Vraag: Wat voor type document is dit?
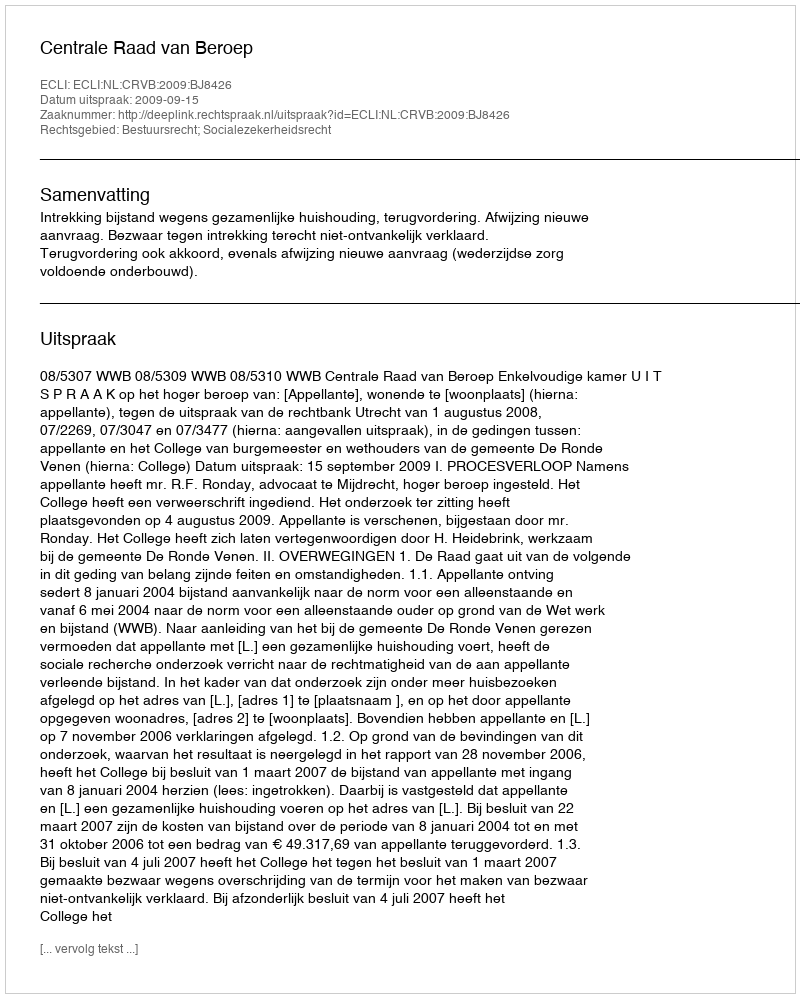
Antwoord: Uitspraak